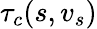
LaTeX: \tau_{c}(s,v_{s})